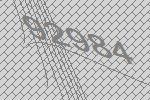
92984